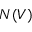
N ( V )